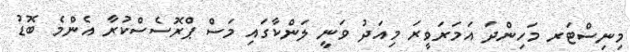
މިނިސްޓަރ މަހިންދަ އަމަރަވީރަ މިއަދު ވަނީ ލަންކާގައި މަސް ޕްރޮސެސްކުރާ އެންމެ ބޮޑު